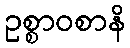
ဥစ္စာဝစာနိ